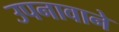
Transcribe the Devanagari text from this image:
उपनावाने